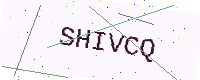
Text: SHIVCQ